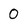
Character: 0